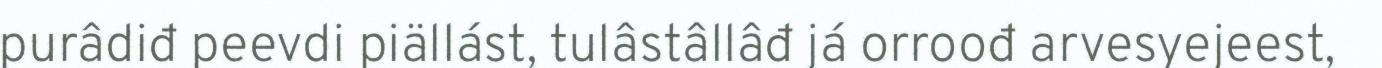
purâdiđ peevdi piällást, tulâstâllâđ já orroođ arvesyejeest,